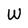
Character: W